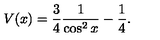
V ( x ) = \frac { 3 } { 4 } \frac { 1 } { \cos ^ { 2 } x } - \frac { 1 } { 4 } .